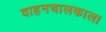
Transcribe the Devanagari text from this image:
वाहनचालकाला